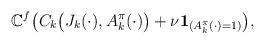
LaTeX: \begin{align*} \mathbb{C}^{f} \bigl( C_k\bigl(J_k(\cdot),A^\pi_k(\cdot)\bigr) +\nu\mathbf{1}_{( A^\pi_k(\cdot)=1)} \bigr),\end{align*}